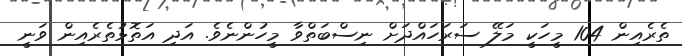
ތެރެއިން 104 މީހަކީ މަލޭ ސަރަހައްދަށް ނިސްބަތްވާ މީހުންނެވެ. އަދި އަތޮޅުތެރެއިން ވަނީ